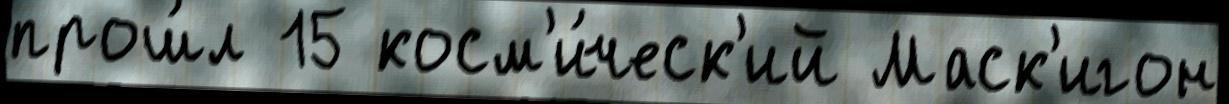
прош́л 15 косм'и́ческ'ий Маск'игон